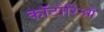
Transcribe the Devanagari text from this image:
कॉटोरिओ